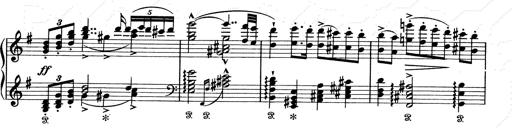
Title: Aus Lohengrin
Composer: Franz Liszt